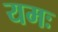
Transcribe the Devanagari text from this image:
यमः